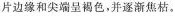
片边缘和尖端呈褐色，并逐渐焦枯。